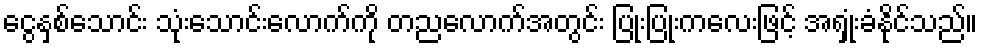
ငွေနှစ်သောင်း သုံးသောင်းလောက်ကို တညလောက်အတွင်း ပြုံးပြုံးကလေးဖြင့် အရှုံးခံနိုင်သည်။